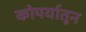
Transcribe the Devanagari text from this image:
कोपर्यातून